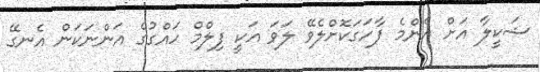
ޝަކީލާ އަށް އެންމެ ފާހަގަކޮށްލެވޭ ލަވަ އަކީ ފިލްމް ހައްގުގެ އަންނަކަން އެނގޭ